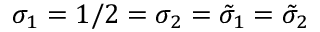
\sigma _ { 1 } = 1 / 2 = \sigma _ { 2 } = \tilde { \sigma } _ { 1 } = \tilde { \sigma } _ { 2 }